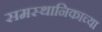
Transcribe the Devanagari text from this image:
समस्थानिकाच्या